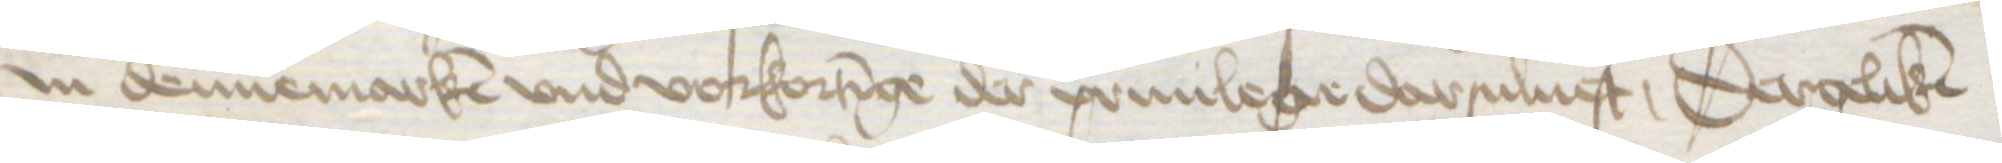
Jn dennemarken vnd vorkortinge der priuilege darsuluest, Dergeliken